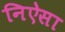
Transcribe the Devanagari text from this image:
निऐसा